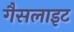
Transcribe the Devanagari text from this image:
गैसलाइट